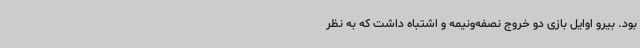
بود. بیرو اوایل بازی دو خروج نصفه‌ونیمه و اشتباه داشت که به‌ نظر